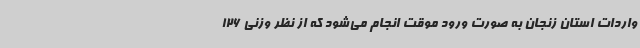
واردات استان زنجان به صورت ورود موقت انجام می‌شود که از نظر وزنی 126